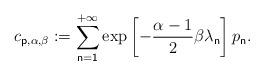
LaTeX: \begin{align*}c_{\mathsf{p,}\alpha ,\beta }:=\sum_{\mathsf{n=1}}^{\mathsf{+\infty }}\exp \left[ -\frac{\alpha -1}{2}\beta \lambda _{\mathsf{n}}\right] p_{\mathsf{n}}.\end{align*}